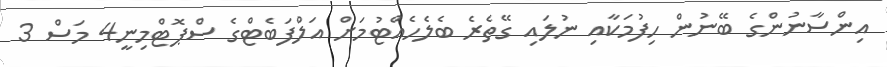
އިންސާނުންގެ ބޭނުން ހިފުމަކާއި ނުލައި ގޭތެރެ ބެލެހެއްޓުމަށް އަލްފަބެޓްގެ ސްޕޮޓްމިނީ4 މަސް 3